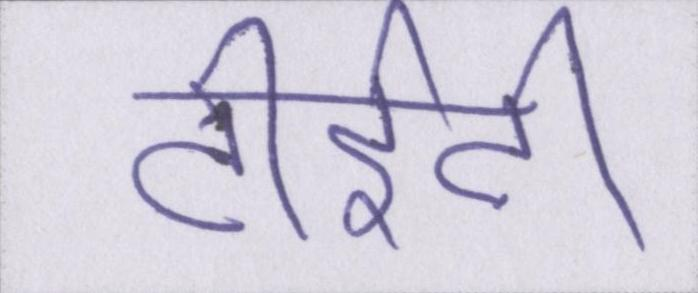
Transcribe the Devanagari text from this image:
टीईटी